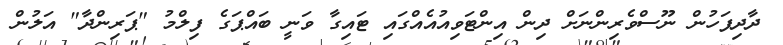
ދާދިފަހުން ނޫސްވެރިންނަށް ދިން އިންޓަވިއުއެއްގައި ޓައިގާ ވަނީ ބައްޕަގެ ފިލްމު "ޕަރިންދާ" އަލުން